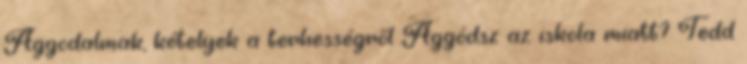
Aggodalmak, kételyek a terhességről Aggódsz az iskola miatt? Tedd